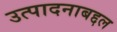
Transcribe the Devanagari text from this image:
उत्पादनाबद्दल